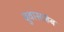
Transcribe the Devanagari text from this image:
बुवासाहेब